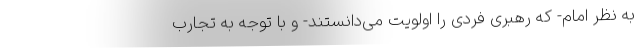
به نظر امام- که رهبری فردی را اولویت می‌دانستند- و با توجه به تجارب